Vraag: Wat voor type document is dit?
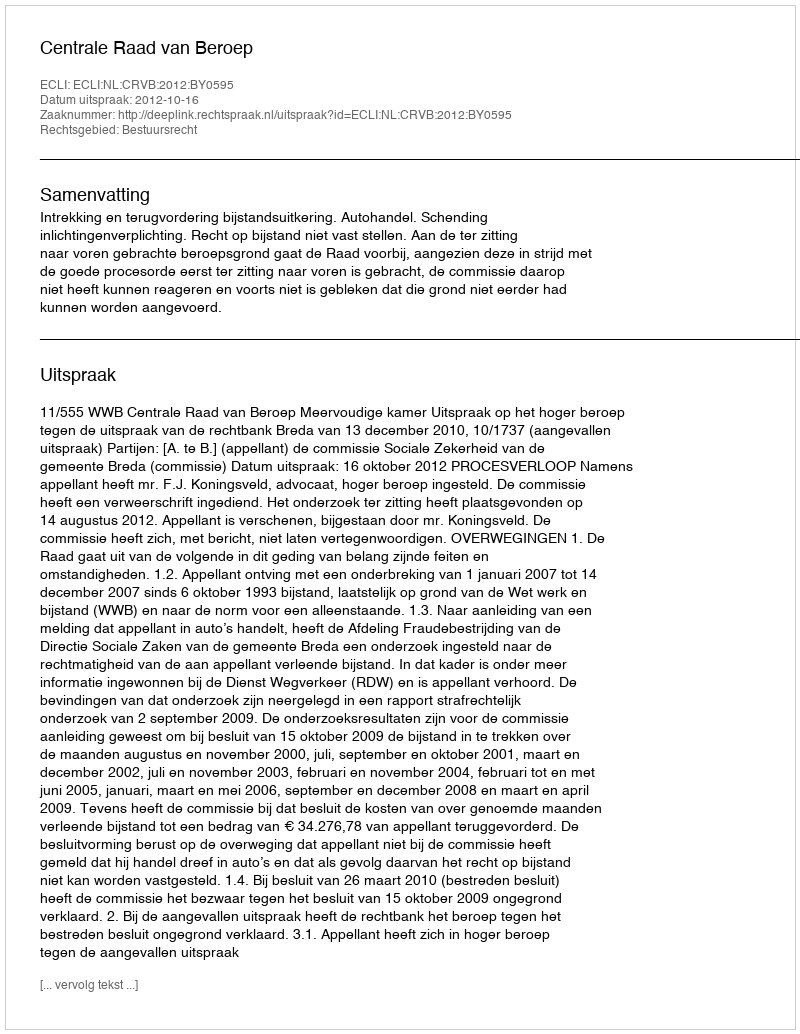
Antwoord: Uitspraak